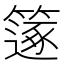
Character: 𥳤